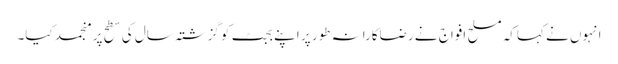
انہوں نے کہاکہ مسلح افواج نے رضاکارانہ طور پر اپنے بجٹ کو گزشتہ سال کی سطح پر منجمد کیا۔